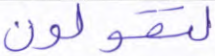
لتقولون